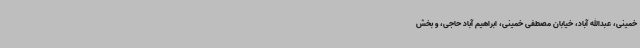
خمینی، عبدالله آباد، خیابان مصطفی خمینی، ابراهیم آباد حاجی، و بخش